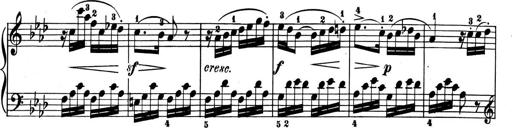
Title: 6 Piano Sonatinas
Composer: Cornelius Gurlitt